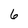
Character: 6